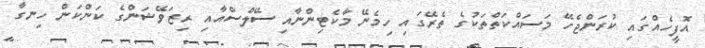
އޮފީހެއްގައި ކުރަންޖެހޭ މަސައްކަތްތަކުގެ ތެރޭގައި ހިމެނޭ މާކެޓިންނާއި ސޭލްސްއާއި ރިޒަވޭޝަންގެ ކަންކަން ހިނގާ